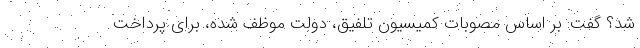
شد؟ گفت: بر اساس مصوبات کمیسیون تلفیق، دولت موظف شده، برای پرداخت